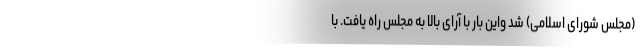
(مجلس شورای اسلامی) شد واین بار با آرای بالا به مجلس راه یافت. با